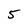
Character: 5